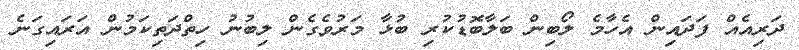
ދަރިއެއް ފަދައިން އެހާމެ ލޯބިން ބަލާބޮޑުކުރި ބުޅާ މަރުވެގެން ލިބުނު ހިތްދަތިކަމުން އަރައިގަނެ